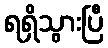
ရရှိသွားပြီ